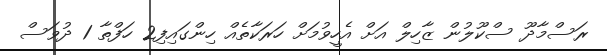
ރަސްމާދޫ ސްކޫލުން ޒާހިލް އަށް އެހީވުމަށް ހަރަކާތެއް ހިންގައިފި2 ހަފްތާ 1 ދުވަސް